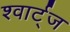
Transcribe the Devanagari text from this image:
श्वार्ट्‌ज